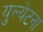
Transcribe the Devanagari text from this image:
युल्येटना